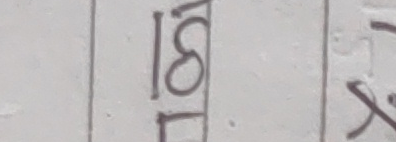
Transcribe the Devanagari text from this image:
१८१